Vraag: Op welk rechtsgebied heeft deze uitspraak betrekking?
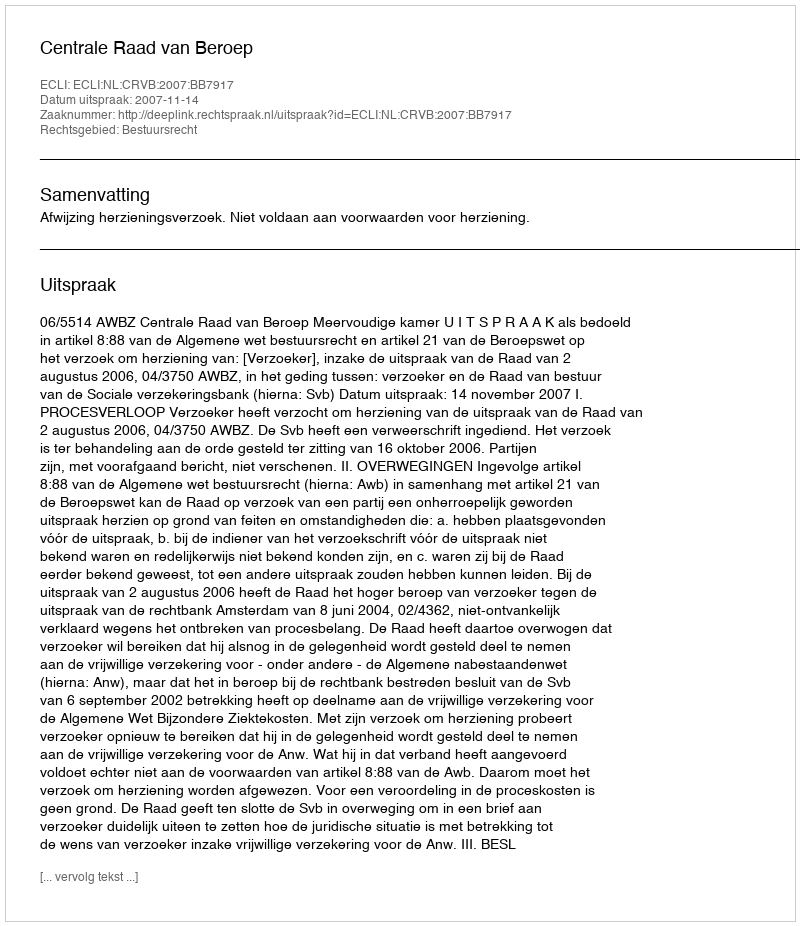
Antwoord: Bestuursrecht